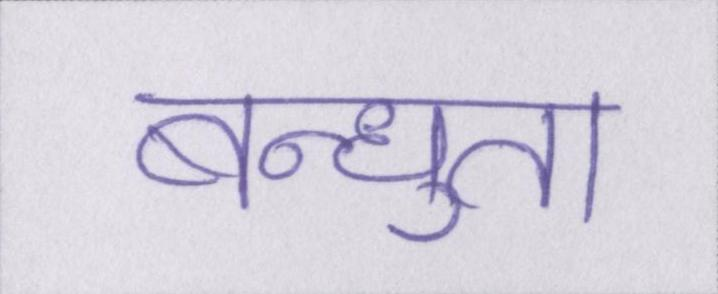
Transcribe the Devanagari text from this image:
बन्धुता